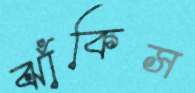
ঝাঁকিস